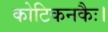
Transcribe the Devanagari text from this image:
कोटिकनकैः।